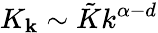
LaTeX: K_{\mathbf{k}}\sim\tilde{K}k^{\alpha-d}